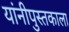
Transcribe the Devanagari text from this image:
यांनीपुस्तकाला